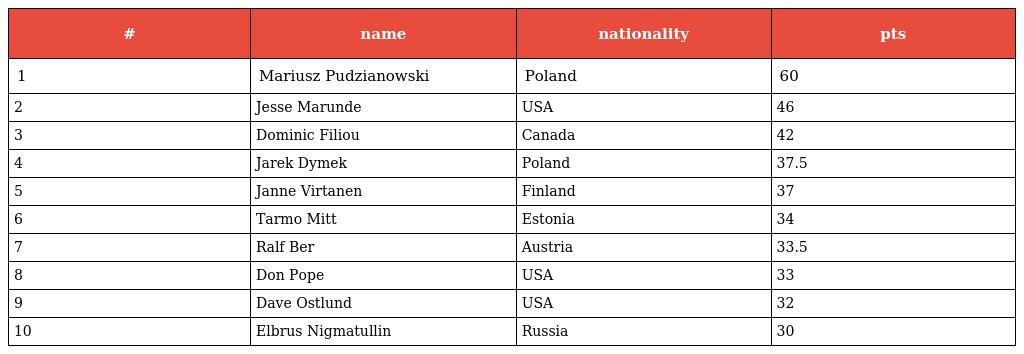
| # | name | nationality | pts |
 | --- | --- | --- | --- |
 | 1 | Mariusz Pudzianowski | Poland | 60 |
 | 2 | Jesse Marunde | USA | 46 |
 | 3 | Dominic Filiou | Canada | 42 |
 | 4 | Jarek Dymek | Poland | 37.5 |
 | 5 | Janne Virtanen | Finland | 37 |
 | 6 | Tarmo Mitt | Estonia | 34 |
 | 7 | Ralf Ber | Austria | 33.5 |
 | 8 | Don Pope | USA | 33 |
 | 9 | Dave Ostlund | USA | 32 |
 | 10 | Elbrus Nigmatullin | Russia | 30 |